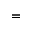
=